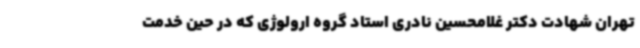
تهران شهادت دکتر غلامحسین نادری استاد گروه ارولوژی که در حین خدمت